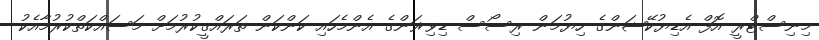
މިނިސްޓްރީ އޮފް އެޑިޔުކޭޝަންގެ ހިޔުމަން ރިސޯސް ޑިވިޜަންގެ އެންމެހައި ކަންކަން ތަރައްޤީކުރުމަށް މަސައްކަތްކުރުމާއެކު